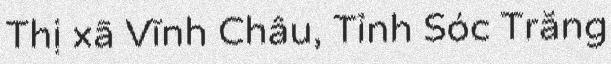
Thị xã Vĩnh Châu, Tỉnh Sóc Trăng